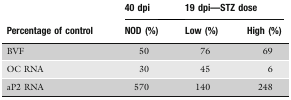
<table><thead><tr><td></td><td><b>40 dpi</b></td><td colspan="2"><b>19 dpi—STZ dose</b></td></tr><tr><td><b>Percentage of control</b></td><td><b>NOD (%)</b></td><td><b>Low (%)</b></td><td><b>High (%)</b></td></tr></thead><tbody><tr><td>BVF</td><td>50</td><td>76</td><td>69</td></tr><tr><td>OC RNA</td><td>30</td><td>45</td><td>6</td></tr><tr><td>aP2 RNA</td><td>570</td><td>140</td><td>248</td></tr></tbody></table>